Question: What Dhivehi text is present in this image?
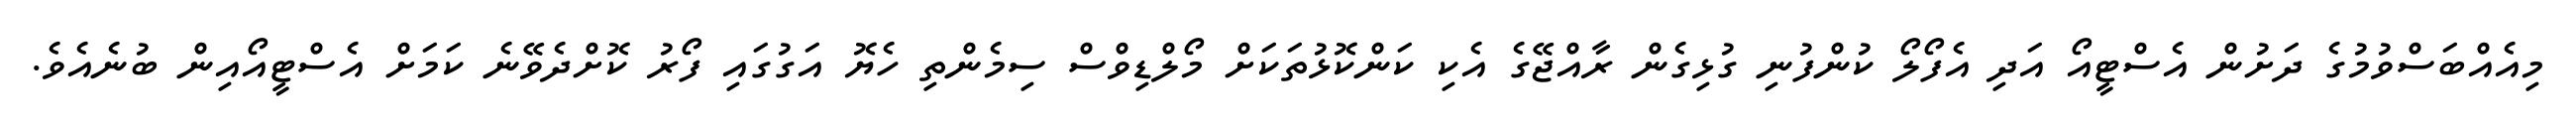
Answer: މިއެއްބަސްވުމުގެ ދަށުން އެސްޓީއޯ އަދި އެފޯލޯ ކުންފުނި ގުޅިގެން ރާއްޖޭގެ އެކި ކަންކޮޅުތަކަށް މޯލްޑިވްސް ސިމެންތި ހެޔޮ އަގުގައި ފޯރު ކޮށްދެވޭނެ ކަމަށް އެސްޓީއޯއިން ބުނެއެވެ.